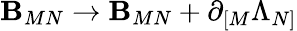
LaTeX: \mathbf{B}_{MN}\rightarrow\mathbf{B}_{MN}+\partial_{[M}\Lambda_{N]}